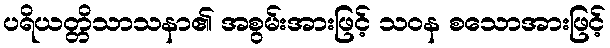
ပရိယတ္တိသာသနာ၏ အစွမ်းအားဖြင့် သဝန စသောအားဖြင့်